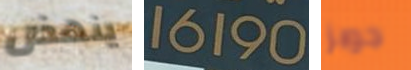
ينهض 16190 جوبز